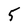
Character: 5